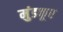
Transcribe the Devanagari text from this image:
मुंडकूर